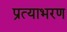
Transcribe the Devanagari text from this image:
प्रत्याभरण